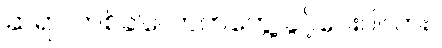
ဆရာ၊ တစ်ခါလောက်တွေ့ ခွင့်ပေးပါလား။